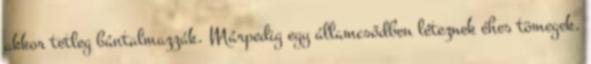
akkor tetleg bántalmazzák. Márpedig egy államcsődben léteznek éhes tömegek.